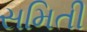
સમિતી